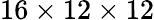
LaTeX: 16\times 12\times 12